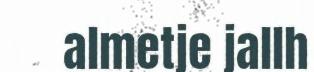
almetje jallh